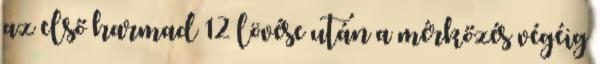
az első harmad 12 lövése után a mérkőzés végéig